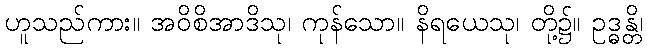
ဟူသည်ကား။ အဝိစိအာဒိသု၊ ကုန်သော။ နိရယေသု၊ တို့၌။ ဥဒ္ဓန္တိ၊